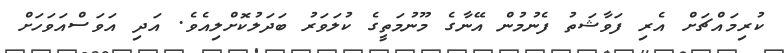
ކުރިމައްޗަށް އެރި ފަވާޝަތު ފެނުމުން އޭނާގެ މޫނުމަތީގެ ކުލަވަރު ބަދަލުކޮށްލިއެވެ. އަދި އަވަސްއަވަހަށް